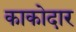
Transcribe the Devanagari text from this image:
काकोदार